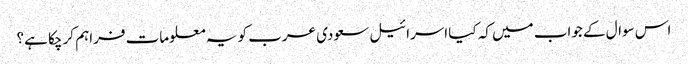
اس سوال کے جواب میں کہ کیا اسرائیل سعودی عرب کو یہ معلومات فراہم کر چکا ہے؟